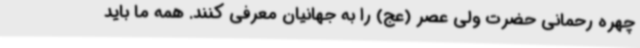
چهره رحمانی حضرت ولی عصر (عج) را به جهانیان معرفی کنند. همه ما باید